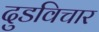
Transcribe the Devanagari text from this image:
दुडविचार